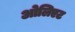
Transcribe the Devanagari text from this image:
ओलिएट